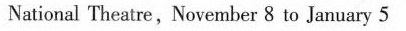
National Theatre,November 8 to January 5